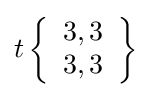
t\left\{{\begin{array}{l}3,3\\3,3\end{array}}\right\}